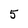
Character: 5